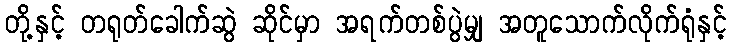
တို့နှင့် တရုတ်ခေါက်ဆွဲ ဆိုင်မှာ အရက်တစ်ပွဲမျှ အတူသောက်လိုက်ရုံနှင့်